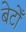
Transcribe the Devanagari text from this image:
बेटोँ